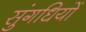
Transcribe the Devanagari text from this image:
सुंगधियों